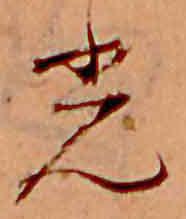
光